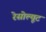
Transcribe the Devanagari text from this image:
रेसोल्यूट